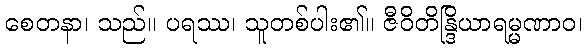
စေတနာ၊ သည်။ ပရဿ၊ သူတစ်ပါး၏။ ဇီဝိတိန္ဒြိယာရမ္မဏာဝ၊